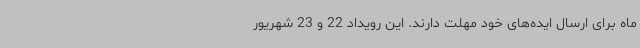
ماه برای ارسال ایده‌های خود مهلت دارند. این رویداد 22 و 23 شهریور